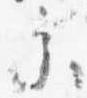
参